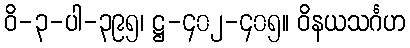
ဝိ-၃-ပါ-၃၉၅၊ ဋ္ဌ-၄၀၂-၄၀၅။ ဝိနယသင်္ဂဟ